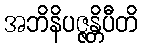
အဘိနိပဇ္ဇန္တိပီတိ